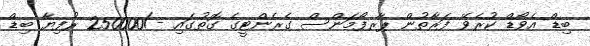
ބިޑް އެވޯޑް ކުރެވޭ ފަރާތުން ޕާރފޯމަންސް ގެރެންޓީގެ ގޮތުގައި -/250000 ރުފިޔާ ބިޑް